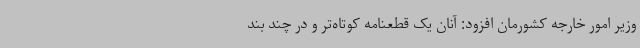
وزیر امور خارجه کشورمان افزود: آنان یک قطعنامه کوتاه‌تر و در چند بند